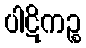
ပါဋိကဉ္စ